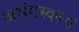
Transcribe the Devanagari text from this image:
अभंगस्वरूप